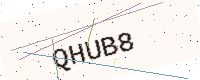
Text: QHUB8